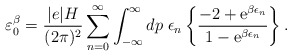
\begin{align*}\varepsilon _{0}^{\beta }=\frac{|e|H}{(2\pi )^{2}} \sum_{n=0}^{\infty} \int_{-\infty }^{\infty} dp \;\epsilon _{n} \left\{ \frac{-2+{\rm e}^{\beta \epsilon _{n}}}{1-{\rm e}^{\beta \epsilon _{n}}}\right\} .\end{align*}